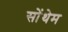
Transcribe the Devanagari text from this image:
सोंथेम